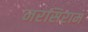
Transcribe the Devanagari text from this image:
नरसिराम